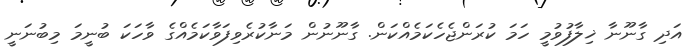
އަދި ގާނޫނާ ޚިލާފުވުމީ ހަމަ ކުރަންޖެހެކަމެއްކަން. ގާނޫނުން މަނާކުރެވިފަވާކަމެއްގެ ވާހަކަ ބުނީމަ މިބުނަނީ